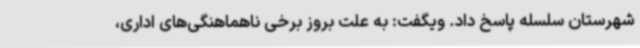
شهرستان سلسله پاسخ داد. ویگفت: به علت بروز برخی ناهماهنگی‌های اداری،